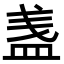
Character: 𥁫